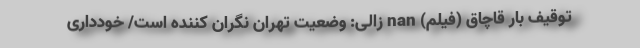
توقیف بار قاچاق (فیلم) nan زالی: وضعیت تهران نگران کننده است/ خودداری